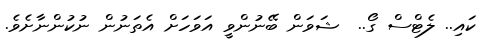
ކައި.. ލެޓްސް ގޯ..  ޝަވަން ބޭނުންވީ އަވަހަށް އެތަނުން ނުކުންނާށެވެ.